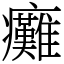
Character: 癱